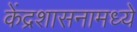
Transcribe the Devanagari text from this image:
केंद्रशासनामध्ये